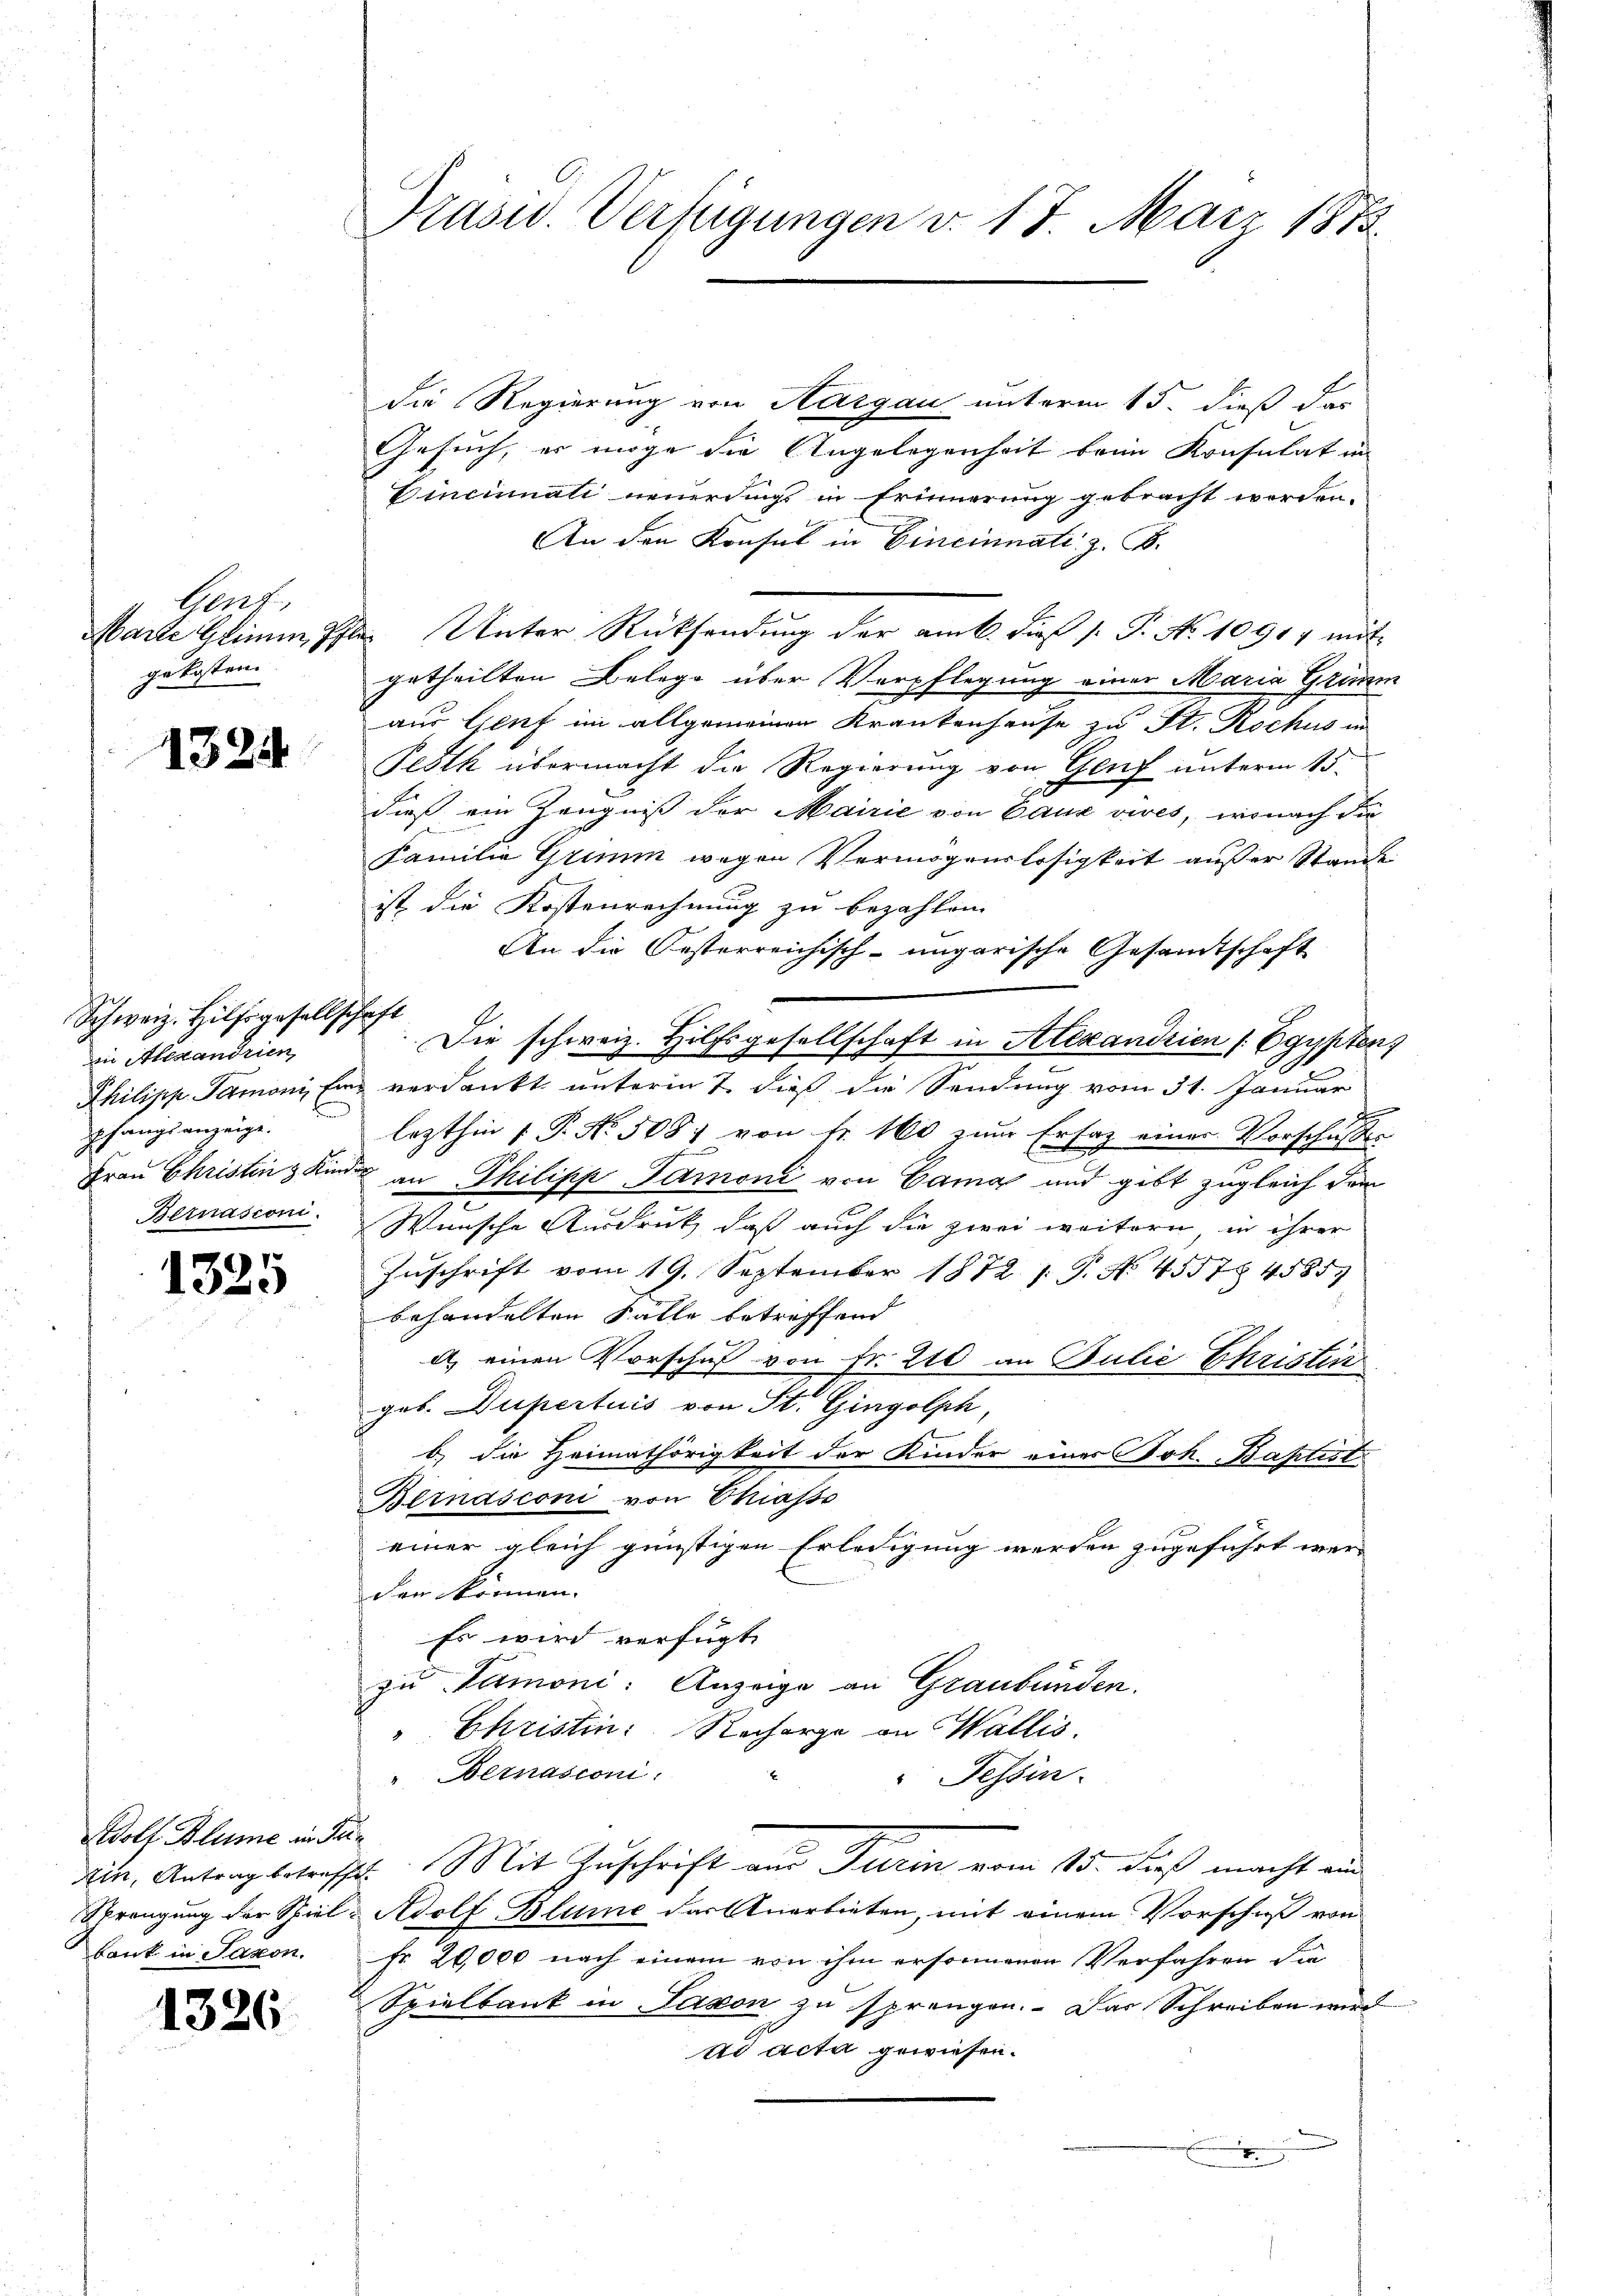
Gent
gekosten.

1324

Schweiz. Hilfsgesellschaft
in Alexandrien
pfangs anzeige.

9
1330

Adolf Blume in Prin
bank in Saxon.

1326

Präsid. Verfügungen v. 17. März 1873.

die Regierung von Aargau unterm 15. dieß das
Gesuch, er möge die Angelegenheit beim Konsulat in
Dincinali neuerdings in Erinnerung gebracht worden.
An den Konsul in Cincinnati z. B.
Marte Glimm, Phler Unter Rücksendung der am 6. dieß (: P. No 10914 mit
getheilten Belege über Verpflegung einer Maria Grimm
aus Genf im allgemeinen Krankenhause zu St. Rochus in
Pesth übermacht die Regierung von Genf unterm 15.
2
dieß ein Zeugniß der Mairie von Cauz vives, wonach die
Familie Grimm wegen Vermögenslosigkeit außer Stande
ist die Kostenrechnung zu bezahlen.
An die Oesterreichisch-ungarische Gesandtschaft
E
Die schweiz. Hilfsgesellschaft in Alexandrien / Egypten,
Philipp Tamoni, Ein verdankt, unterm 7. dieß die Sendung vom 31. Januar
d
lezthin 1 P. No. 508 von fr. 160 zum Erfaz einer Vorschusses
Frau Christen Kind an Philipp Tamoni von Cama und gibt zugleich dem
Bernasconi. Wünsche Ausdruck, daß auch die zwei weitern in ihrer
Zŭschrift vom 19. September 1872 s. G. No. 45574585)
behandelten Fälle betreffend
a) einen Vorschuß von Fr. 210 an Bulie Ehristin
geb. Dupertuis von St. Gingolph,
b) die Heimathörigkeit der Kinder einer Joh. Baptist
Bernasconi von Chiasso
einer gleich günstigen Erledigung werden zugeführt wer
den können.
Es wird verfügt:
zu Simoni. Anzeige an Graubünden.
 Christin Recharge an Wallis.
" Bernasconi
Tessin.
e
kin, Antrag betreffe. Mit Zuschrift aus Turin vom 15. dieß macht ein
Sprengung der Spiel- Adolf Blume der Anerbieten, mit einem Vorschuß von
Fr. 20,000 nach einem von ihm ersonnenen Verfahren die
Spielbank in Saxon zu sprengen. Das Schreiben wird
ad acta gewiesen.